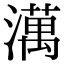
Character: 澫